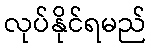
လုပ်နိုင်ရမည်